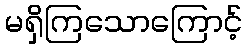
မရှိကြသောကြောင့်